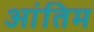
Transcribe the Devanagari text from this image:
आंतिम